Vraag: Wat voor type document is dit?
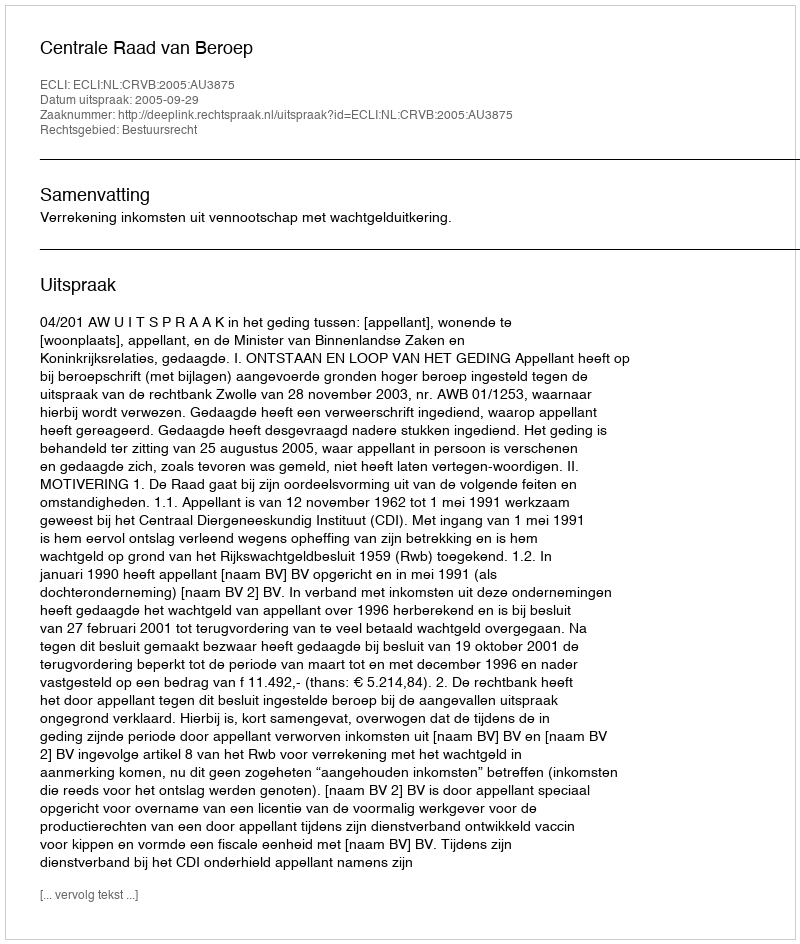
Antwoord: Uitspraak